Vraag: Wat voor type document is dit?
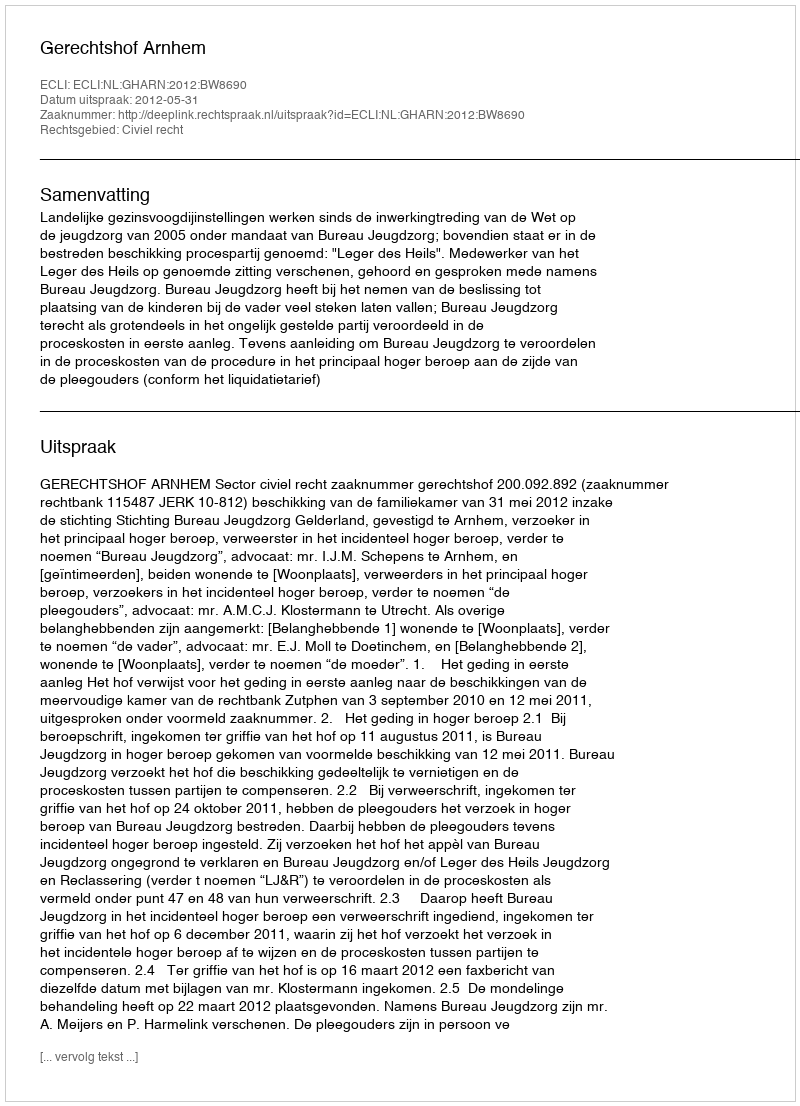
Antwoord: Uitspraak